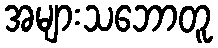
အများသဘောတူ